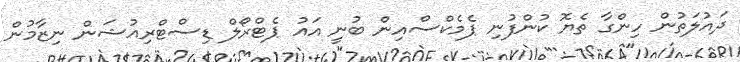
ދައުލަތުން ހިންގާ ތެޔޮ ކުންފުނި ޕެމެކްސްއިން ބުނީ އައު ޕެޓްރޯލް ޑިސްޓްރިއުޝަން ނިޒާމުން